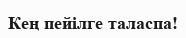
Кең пейілге таласпа!